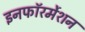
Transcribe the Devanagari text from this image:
इनफॉरर्मेशन